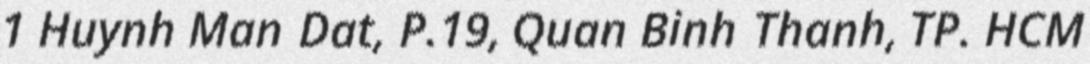
1 Huynh Man Dat, P.19, Quan Binh Thanh, TP. HCM